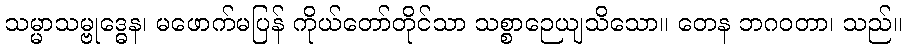
သမ္မာသမ္ဗုဒ္ဓေန၊ မဖောက်မပြန် ကိုယ်တော်တိုင်သာ သစ္စာဉေယျသိသော။ တေန ဘဂဝတာ၊ သည်။